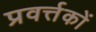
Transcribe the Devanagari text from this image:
प्रवर्त्तकों